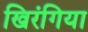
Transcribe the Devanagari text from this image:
खिरंगिया